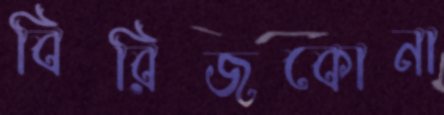
বিরিজকোনা